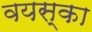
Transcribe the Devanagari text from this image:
वयस्का